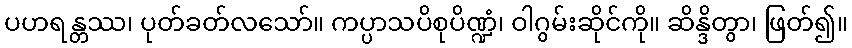
ပဟရန္တဿ၊ ပုတ်ခတ်လသော်။ ကပ္ပာသပိစုပိဏ္ဍံ၊ ဝါဂွမ်းဆိုင်ကို။ ဆိန္ဒိတွာ၊ ဖြတ်၍။